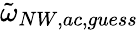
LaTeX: \tilde{\omega}_{NW,ac,guess}